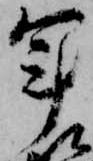
軍